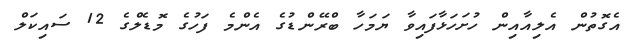
އެގޮތުން އެލިއާއިން ހުށަހަޅާފައިވާ ޔަމަހާ ބްރޭންޑުގެ އެންމެ ފަހުގެ މޮޑެލްގެ 12 ސައިކަލް